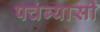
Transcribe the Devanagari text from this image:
पचंब्यासी